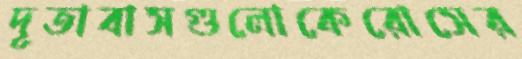
দূতাবাসগুলোকেরোসের